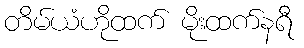
တိမ်ယံဟိုထက် မိုးထက်နရီ